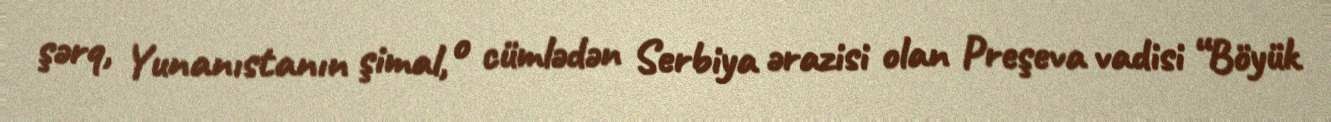
şərq, Yunanıstanın şimal, o cümlədən Serbiya ərazisi olan Preşeva vadisi “Böyük